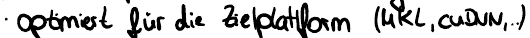
optimiert für die Zielplattform (MKL, cuDNN, ..)